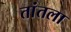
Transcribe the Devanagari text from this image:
तांतला